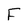
Character: F